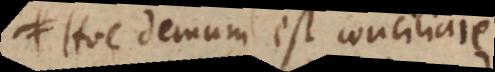
positis demum est conciliare